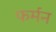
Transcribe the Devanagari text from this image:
फर्मन